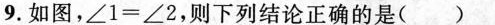
9.如图,$$\angle 1 = \angle 2$$,则下列结论正确的是( )